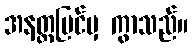
အနတ္တမြင်မှ ကွာသည်။